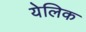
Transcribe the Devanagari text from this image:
येलिक